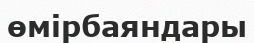
өмірбаяндары